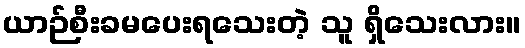
ယာဉ်စီးခမပေးရသေးတဲ့ သူ ရှိသေးလား။